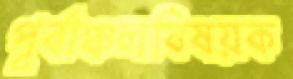
পূর্বাঞ্চলবিষয়ক